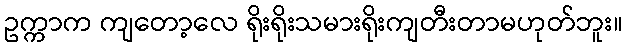
ဥက္ကာက ကျတော့လေ ရိုးရိုးသမားရိုးကျတီးတာမဟုတ်ဘူး။